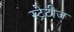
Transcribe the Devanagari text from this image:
स्ट्रेटीज